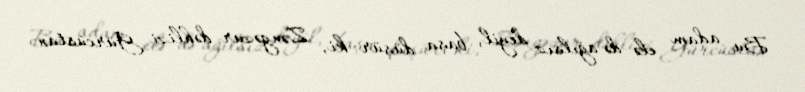
Bu adam elə də ağılsız deyil, başa düşür ki, Zəngəzur dəhlizi Gürcüstan